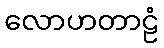
လောဟတာဠံ